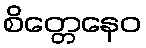
စိတ္တေနေဝ